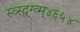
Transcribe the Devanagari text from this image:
स्व्स्द्व्ग्व्म्४६५४